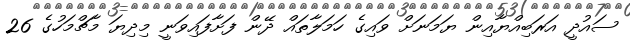
ސައުދީ އަރަބިއްޔާއިން ޔަމަނަށް ވައިގެ ހަމަލާތައް ދޭން ފަށާފައިވަނީ މިދިޔަ މާޗްމަހުގެ 26